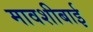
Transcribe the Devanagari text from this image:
मावशीबाई